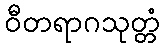
ဝီတရာဂသုတ္တံ